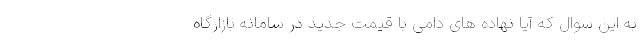
به این سوال که آیا نهاده های دامی با قیمت جدید در سامانه بازارگاه